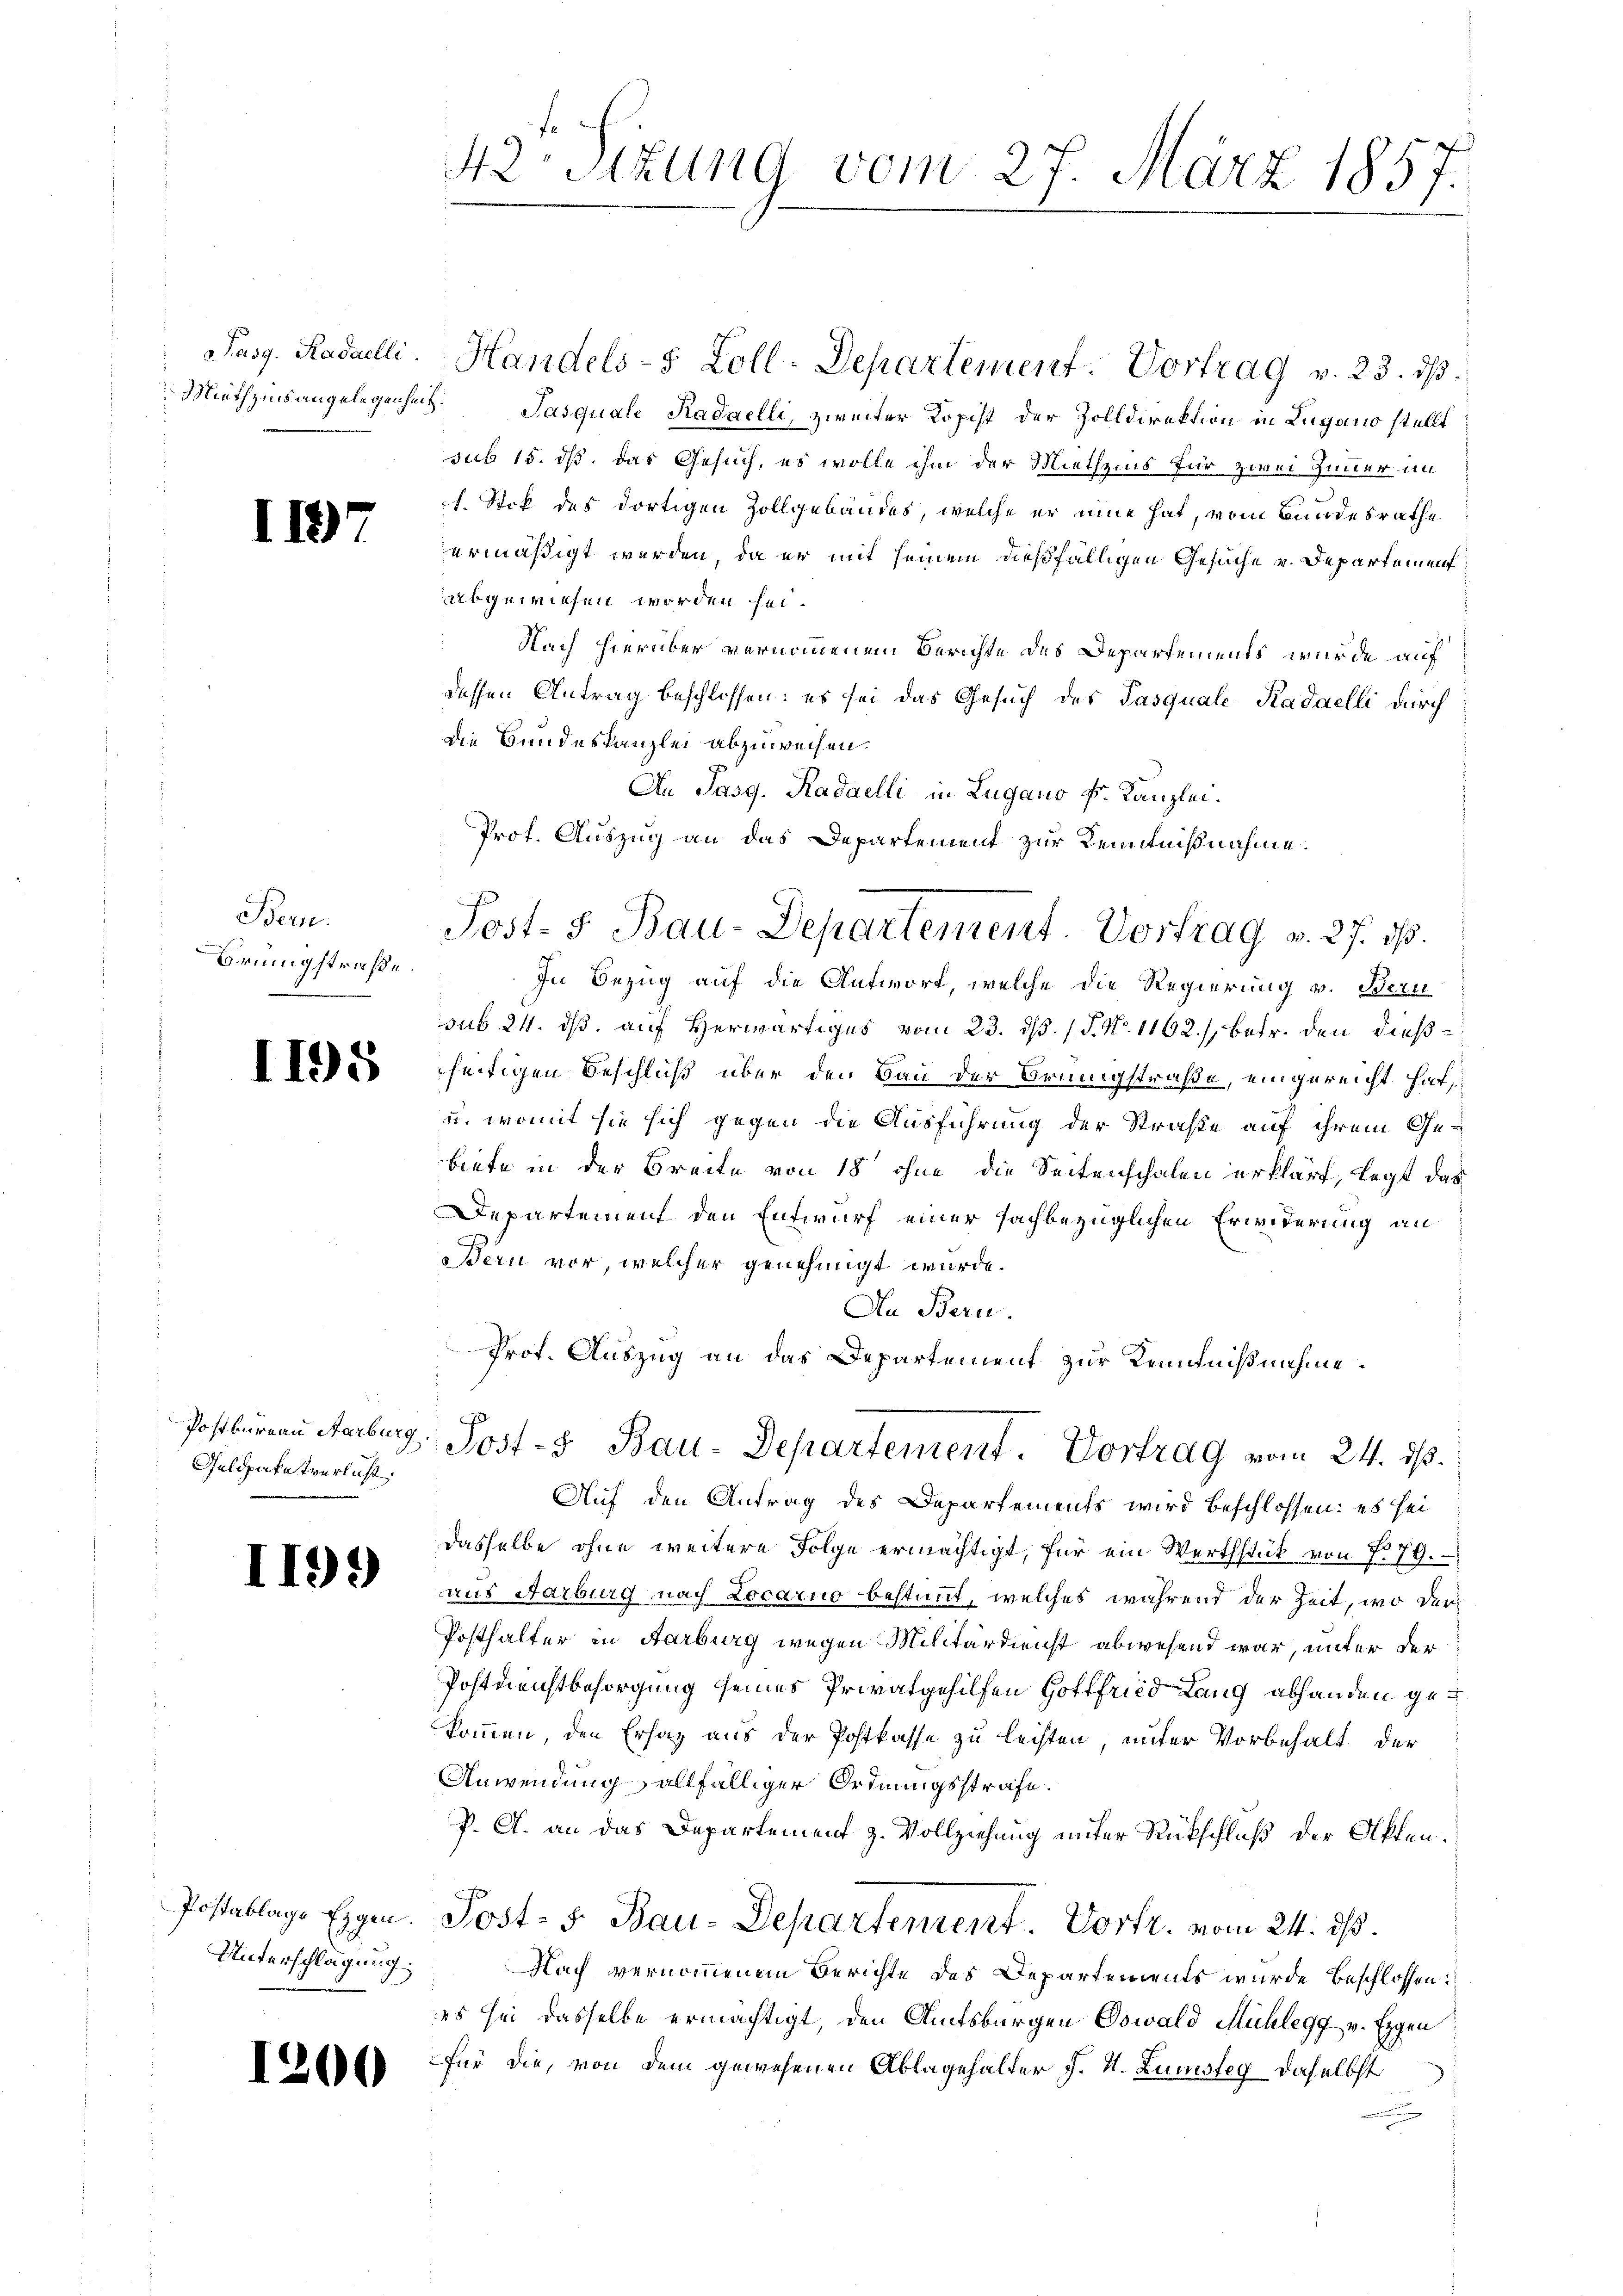
1197

Bern.
rungstraße

1195

Geldpakatverlust.

199

Unterschlagung:

1200

42. Sitzung vom 27. März 1857.

Pasg. Radailli. Handels-8 Zoll-Departement. Vortrag v. 23. ds.
Miethzinsangelegenheit. Pasquale Kadaelli, zweiter Kopist der Zolldirektion in Lugano stellt
sub 15. ds. das Gesuch, es wolle ihm der Miethzins für zwei Zimmer im
1. Stik des dortigen Zollgebäudes, welche er eine hat, vom Bundesrathe
ermäßigt werden, da er mit seinem dießfälligen Gesuche und Departeinen
abgewiesen worden sei.
Nach hierüber vernommenem Berichte des Departements wurde auf
dessen Antrag beschlossen: es sei das Gesuch des Pasquale Kadaelli durch
Die Bundeskanzlei abzuweisen.
An Jasg. Radaelli in Lugano Fr. Kanzlei.
Prot. Auszug an das Departement zur Kenntnißnahme.
In Bezug auf die Antwort, welche die Regierung v. Bern
sub 21. ds. auf Herwärtiges vom 23. ds. 1. P. Nr. 1162.), betr. den dießseitigen Beschluß über den Bau der Brungstraße, eingereicht hat,
u. womit sie sich gegen die Ausführung der Straße auf ihrem Gebiete in der Breite von 18 ohne die Seitenschalen erklärt, legt das
Departement den Entwurf einer sachbezüglichen Erwiderung an
Bern vor, welcher genehmigt wurde.
An Bern.
Prof. Auszug an das Departement zur Kenntnißnahme.
Postbureau Herberg, Post- & Bau-Departement. Vortrag vom 24. ds.
Auf den Antrag des Departements wird beschlossen: es sei
dasselbe ohne weitere Folge ermächtigt, für ein Werthstück von f. 79.
aus Aarburg nach Locarno bestimmt, welches während der Zeit, wo der
Posthalter in Aarburg wegen Militärdienst abwesend war, unter der
Postmeistbesorgung seines Privatgehilfen Hottfried Lang abhanden gekommen, den Ersatz aus der Postkasse zu leisten, unter Vorbehalt der
Anwendung allfälliger Ordnungsstrafe.
P. A. an das Departement z. Vollziehung unter Rückschluß der Akten.
Postablage Eigen. Post- 5. Bau-Departement. Vortr. vom 24. ds.
Nach vernommenem Berichte des Departements wurde beschlossen:
es sei dasselbe ermächtigt, den Amtsburgen Oswald Mühlegg v. Eggen
für die, von dem gewesenen Ablagehalter J. H. Zumsteg daselbst

Post- 5. Bau-Departement. Vortrag v. 27. ds.